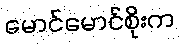
မောင်မောင်စိုးက